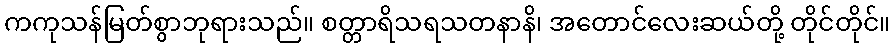
ကကုသန်မြတ်စွာဘုရားသည်။ စတ္တာရိသရသတနာနိ၊ အတောင်လေးဆယ်တို့ တိုင်တိုင်။